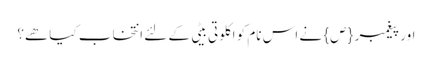
اور پیغمبر {ص} نے اس نام کو اکلوتی بیٹی کے لئے انتخاب کیا ھے؟